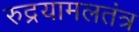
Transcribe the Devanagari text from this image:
रुद्रयामलतंत्र